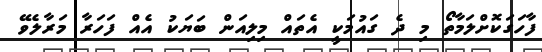
ފާހަގަކޮށްލަމާތޯ މި ދެ ގައުމަކީ އެތައް މިލިއަން ބަޔަކު އެއް ފަހަރާ މަރާލެވޭ